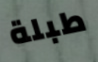
طبلة